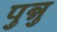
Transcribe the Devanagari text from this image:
पुन्नु